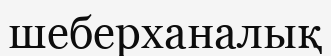
шеберханалық